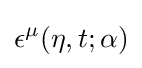
\epsilon ^{\mu }(\eta ,t;\alpha )